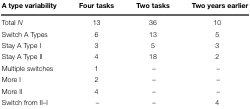
<table><thead><tr><td><b>A type variability</b></td><td><b>Four tasks</b></td><td><b>Two tasks</b></td><td><b>Two years earlier</b></td></tr></thead><tbody><tr><td>Total <i>N</i></td><td>13</td><td>36</td><td>10</td></tr><tr><td>Switch A Types</td><td>6</td><td>13</td><td>5</td></tr><tr><td>Stay A Type I</td><td>3</td><td>5</td><td>3</td></tr><tr><td>Stay A Type II</td><td>4</td><td>18</td><td>2</td></tr><tr><td>Multiple switches</td><td>1</td><td>–</td><td>–</td></tr><tr><td>More I</td><td>2</td><td>–</td><td>–</td></tr><tr><td>More II</td><td>4</td><td>–</td><td>–</td></tr><tr><td>Switch from II–I</td><td>–</td><td>–</td><td>4</td></tr></tbody></table>